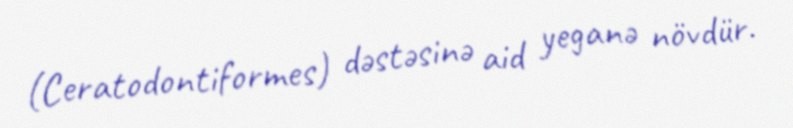
(Ceratodontiformes) dəstəsinə aid yeganə növdür.